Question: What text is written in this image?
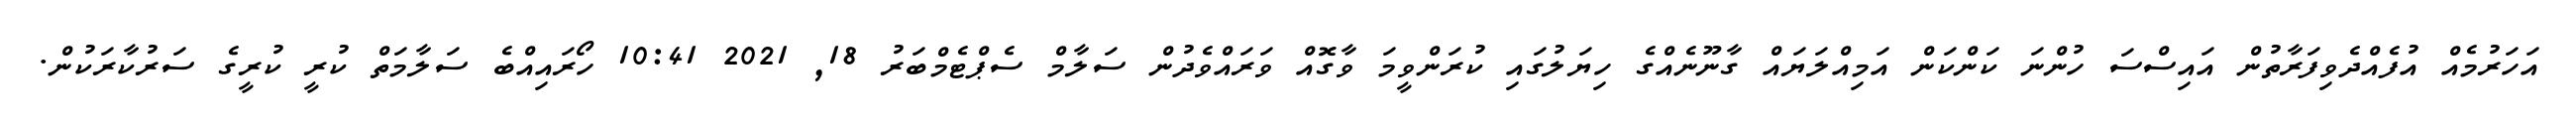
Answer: އަހަރުމެއް އުފެއްދެވިފަރާތުން އައިސްސަ ހުންނަ ކަންކަން އަމިއްލަޔައް ގާނޫނެއްގެ ހިޔަލުގައި ކުރަންވީމަ ވާގޮއް ވަރައްވެދުން ސަލާމް ސެޕްޓެމްބަރު 18, 2021 10:41 ހޯރައިއްބެ ސަލާމަތް ކުރީ ކުރީގެ ސަރުކާރަކުން.